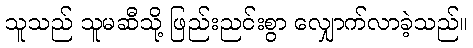
သူသည် သူမဆီသို့ ဖြည်းညင်းစွာ လျှောက်လာခဲ့သည်။